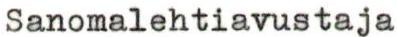
Sanomalehtiavustaja